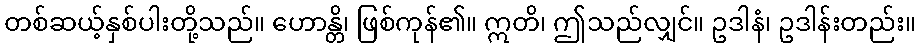
တစ်ဆယ့်နှစ်ပါးတို့သည်။ ဟောန္တိ၊ ဖြစ်ကုန်၏။ ဣတိ၊ ဤသည်လျှင်။ ဥဒါနံ၊ ဥဒါန်းတည်း။